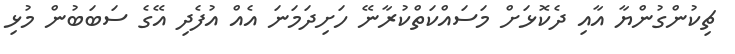
ޗިކުންގުންޔާ އާއި ދެކޮޅަށް މަސައްކަތްކުރާނޭ ހަށިދަމަނަ އެއް އުފެދި އޭގެ ސަބަބުން މުޅި